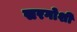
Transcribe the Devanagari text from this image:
सरगोशी